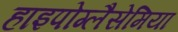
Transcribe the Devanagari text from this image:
हाइपोग्लैसेमिया